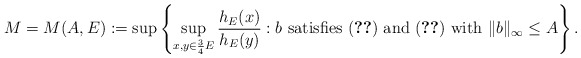
\begin{align*}M=M(A,E):=\sup \left\{\sup_{x,y\in\frac{3}{4}E}\frac{h_{E}(x)}{h_{E}(y)}: b\mbox{ satisfies \eqref{condi1} and \eqref{condi2} with }\|b\|_{\infty}\le A \right\}.\end{align*}